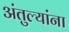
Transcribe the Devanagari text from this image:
अंतुल्यांना